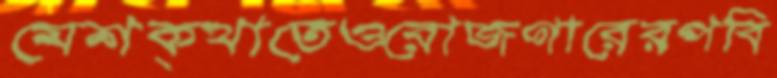
মেশক্খাতেওরোজগারেরপবি